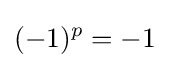
(-1)^{p}=-1